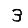
Digit: 3